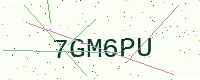
Text: 7GM6PU